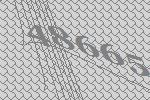
48665